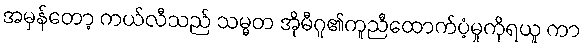
အမှန်တော့ ကယ်လီသည် သမ္မတ အိုမီဂူ၏ကူညီထောက်ပံ့မှုကိုရယူ ကာ